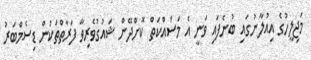
މަޖިލީހުގެ އިއުލާނުގައި ބުނެފައި ވަނީ އެ މަސައްކަތް ކޮށްދޭން ޝައުގުވެރިވާ ފަރާތްތަކުން ޑިސެމްބަރު